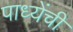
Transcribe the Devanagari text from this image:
पाध्येंची